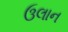
ઉલાન